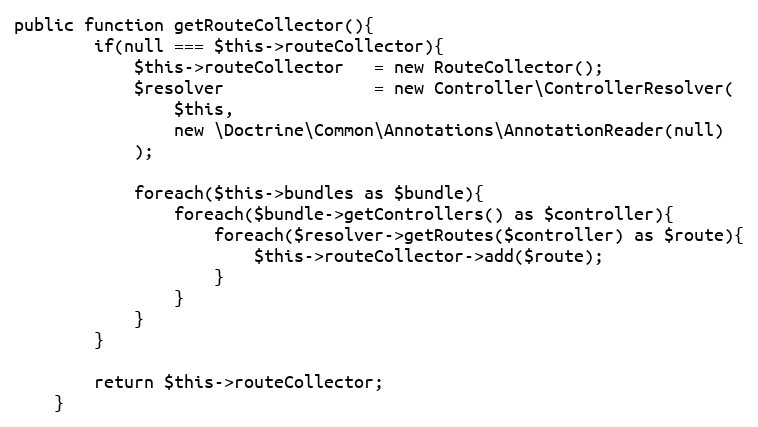
Language: PHP
public function getRouteCollector(){
        if(null === $this->routeCollector){
            $this->routeCollector   = new RouteCollector();
            $resolver               = new Controller\ControllerResolver(
                $this,
                new \Doctrine\Common\Annotations\AnnotationReader(null)
            );

            foreach($this->bundles as $bundle){
                foreach($bundle->getControllers() as $controller){
                    foreach($resolver->getRoutes($controller) as $route){
                        $this->routeCollector->add($route);
                    }
                }
            }
        }

        return $this->routeCollector;
    }